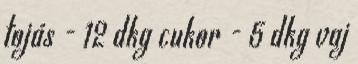
tojás - 12 dkg cukor - 5 dkg vaj